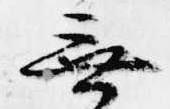
無